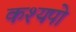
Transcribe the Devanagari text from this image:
कश्यपो